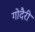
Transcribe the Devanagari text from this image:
गोदैरी